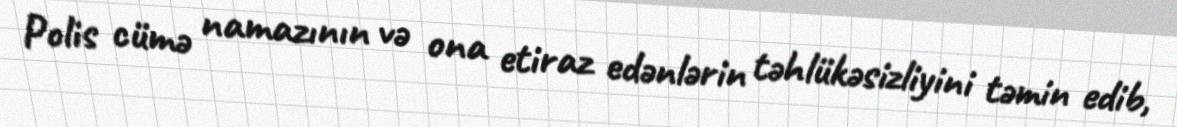
Polis cümə namazının və ona etiraz edənlərin təhlükəsizliyini təmin edib,